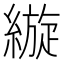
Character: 縼